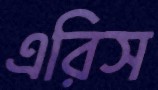
এরিস